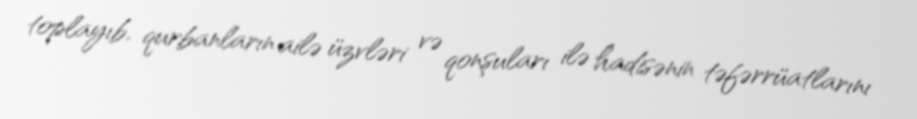
toplayıb, qurbanların ailə üzvləri və qonşuları ilə hadisənin təfərrüatlarını